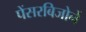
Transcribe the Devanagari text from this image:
पेंसरबिजोर्ने